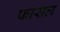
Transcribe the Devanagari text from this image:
फासल